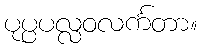
ပုပ္ပပလ္လဝလင်္ကတာ။